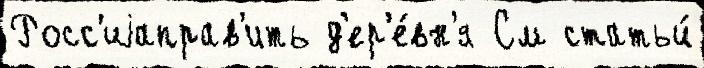
Росс'иjаправ'ить д'ер'е́вн'я См статьи́